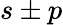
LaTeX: s\pm p